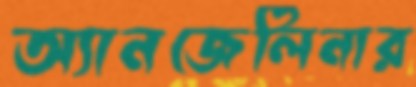
অ্যানজেলিনার